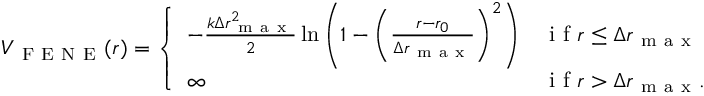
\begin{array} { r } { V _ { \mathrm { ~ F ~ E ~ N ~ E ~ } } ( r ) = \left\{ \begin{array} { l l } { - \frac { k \Delta r _ { \mathrm { ~ m ~ a ~ x ~ } } ^ { 2 } } { 2 } \ln \left( 1 - \left( \frac { r - r _ { 0 } } { \Delta r _ { \mathrm { ~ m ~ a ~ x ~ } } } \right) ^ { 2 } \right) } & { \mathrm { ~ i ~ f ~ } r \leq \Delta r _ { \mathrm { ~ m ~ a ~ x ~ } } } \\ { \infty } & { \mathrm { ~ i ~ f ~ } r > \Delta r _ { \mathrm { ~ m ~ a ~ x ~ } } . } \end{array} \right. } \end{array}